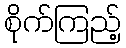
စိုက်ကြည့်